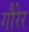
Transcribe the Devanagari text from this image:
गौरेर